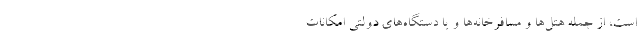
است، از جمله هتل‌ها و مسافرخانه‌ها و یا دستگاه‌های دولتی امکانات